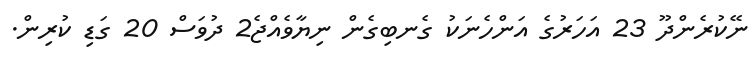
ނޭކުރެންދޫ 23 އަހަރުގެ އަންހެނަކު ގެނބިގެން ނިޔާވެއްޖެ2 ދުވަސް 20 ގަޑި ކުރިން.